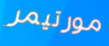
مورتيمر